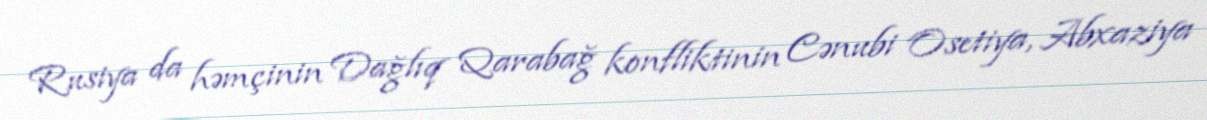
Rusiya da həmçinin Dağlıq Qarabağ konfliktinin Cənubi Osetiya, Abxaziya